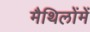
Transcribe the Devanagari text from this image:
मैथिलोंमें